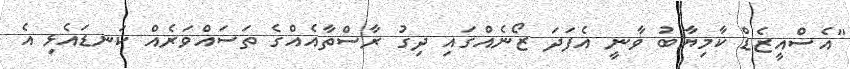
"އެސްއީޒެޑް ކާމިޔާބު ވާނީ އެފަދަ ޒޯނެއްގައި ދިގު ރާސްތާއެއްގެ ތަސައްވަރެއް ކަނޑައެޅި އެ